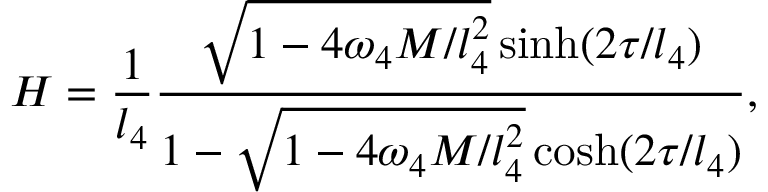
H = \frac { 1 } { l _ { 4 } } \frac { \sqrt { 1 - 4 \omega _ { 4 } M / l _ { 4 } ^ { 2 } } \sinh ( 2 \tau / l _ { 4 } ) } { 1 - \sqrt { 1 - 4 \omega _ { 4 } M / l _ { 4 } ^ { 2 } } \cosh ( 2 \tau / l _ { 4 } ) } ,